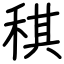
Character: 稘